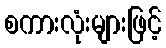
စကားလုံးများဖြင့်